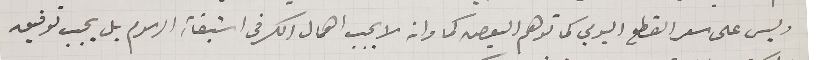
وليس على سعر القطع اليومي كما توهم البعص كما وانه لا يجب اهمال الكسر فى استبقاء، الرسوم بل يجب توفيق